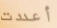
أعددت